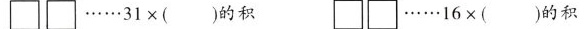
\Box \Box ……31×( )的积 \Box \Box ……16×( )的积